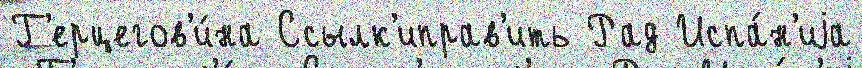
Г'ерцегов'и́на Ссылк'иправ'ить Рад Испа́н'иjа